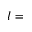
l =